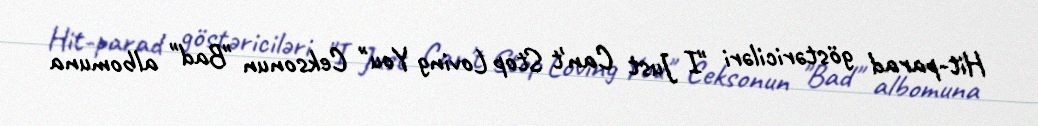
Hit-parad göstəriciləri "I Just Can't Stop Loving You" Ceksonun "Bad" albomuna